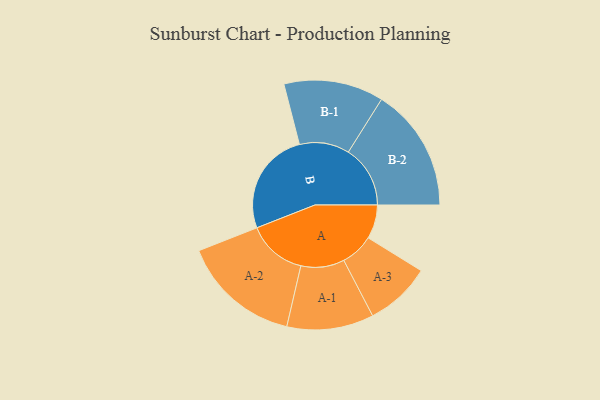
{"axis": {"x": "Segment", "y": "Value"}, "legend": ["", "A", "B"], "data": [{"x": "A", "y": 136, "type": ""}, {"x": "B", "y": 416, "type": ""}, {"x": "A-1", "y": 174, "type": "A"}, {"x": "A-2", "y": 238, "type": "A"}, {"x": "A-3", "y": 132, "type": "A"}, {"x": "B-1", "y": 200, "type": "B"}, {"x": "B-2", "y": 248, "type": "B"}]}